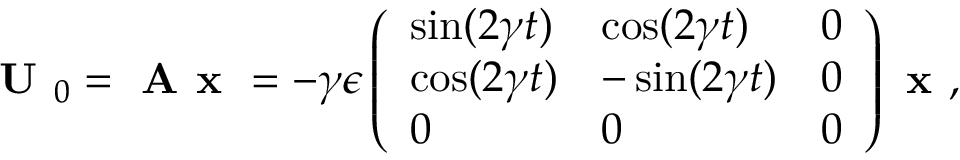
\textbf { U } _ { 0 } = \textbf { A x } = - \gamma \epsilon \left( \begin{array} { l l l } { \sin ( 2 \gamma t ) } & { \cos ( 2 \gamma t ) } & { 0 } \\ { \cos ( 2 \gamma t ) } & { - \sin ( 2 \gamma t ) } & { 0 } \\ { 0 } & { 0 } & { 0 } \end{array} \right) \textbf { x } ,